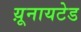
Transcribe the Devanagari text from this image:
य़ूनायटेड